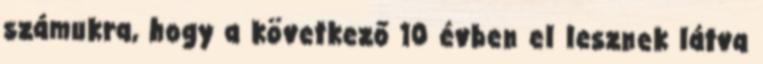
számukra, hogy a következő 10 évben el lesznek látva